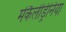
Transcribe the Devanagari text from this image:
मेंकैलेंड्रिनिया